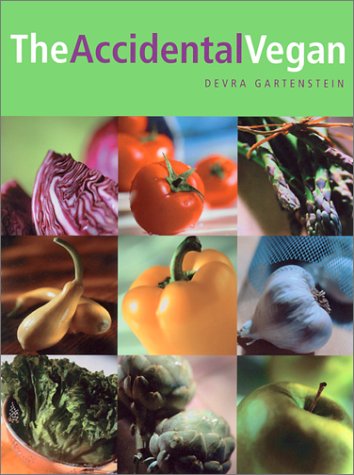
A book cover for The Accidental Vegan: Vegan Recipes; Devra Gartenstein; Health, Fitness & Dieting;